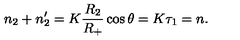
n _ { 2 } + n _ { 2 } ^ { \prime } = K \frac { R _ { 2 } } { R _ { + } } \cos \theta = K \tau _ { 1 } = n .